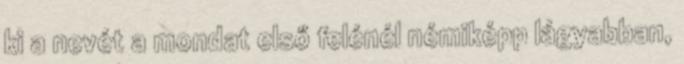
ki a nevét a mondat első felénél némiképp lágyabban,